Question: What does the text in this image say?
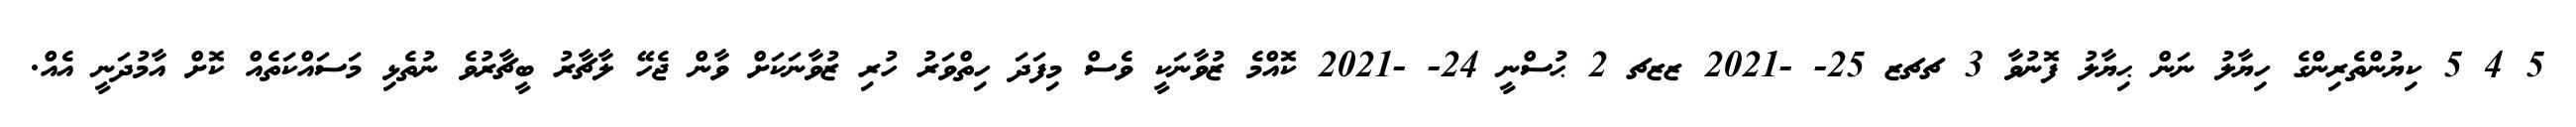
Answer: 5 4 5 ކިޔުންތެރިންގެ ހިޔާލު ނަން ޙިޔާލު ފޮނުވާ 3 ޗޗޒ 25- -2021 ޒޒޗ 2 ޙުސްނީ 24- -2021 ކޮއްމެ ޒުވާނަކީ ވެސް މިފަދަ ހިތްވަރު ހުރި ޒުވާނަކަށް ވާން ޖެހޭ ލާޗާރު ބީޗާރުވެ ނުތެޅި މަސައްކަތެއް ކޮށް އާމުދަނީ އެއް.